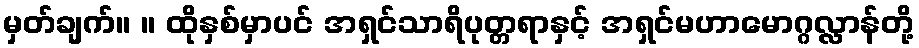
မှတ်ချက်။ ။ ထိုနှစ်မှာပင် အရှင်သာရိပုတ္တရာနှင့် အရှင်မဟာမောဂ္ဂလ္လာန်တို့